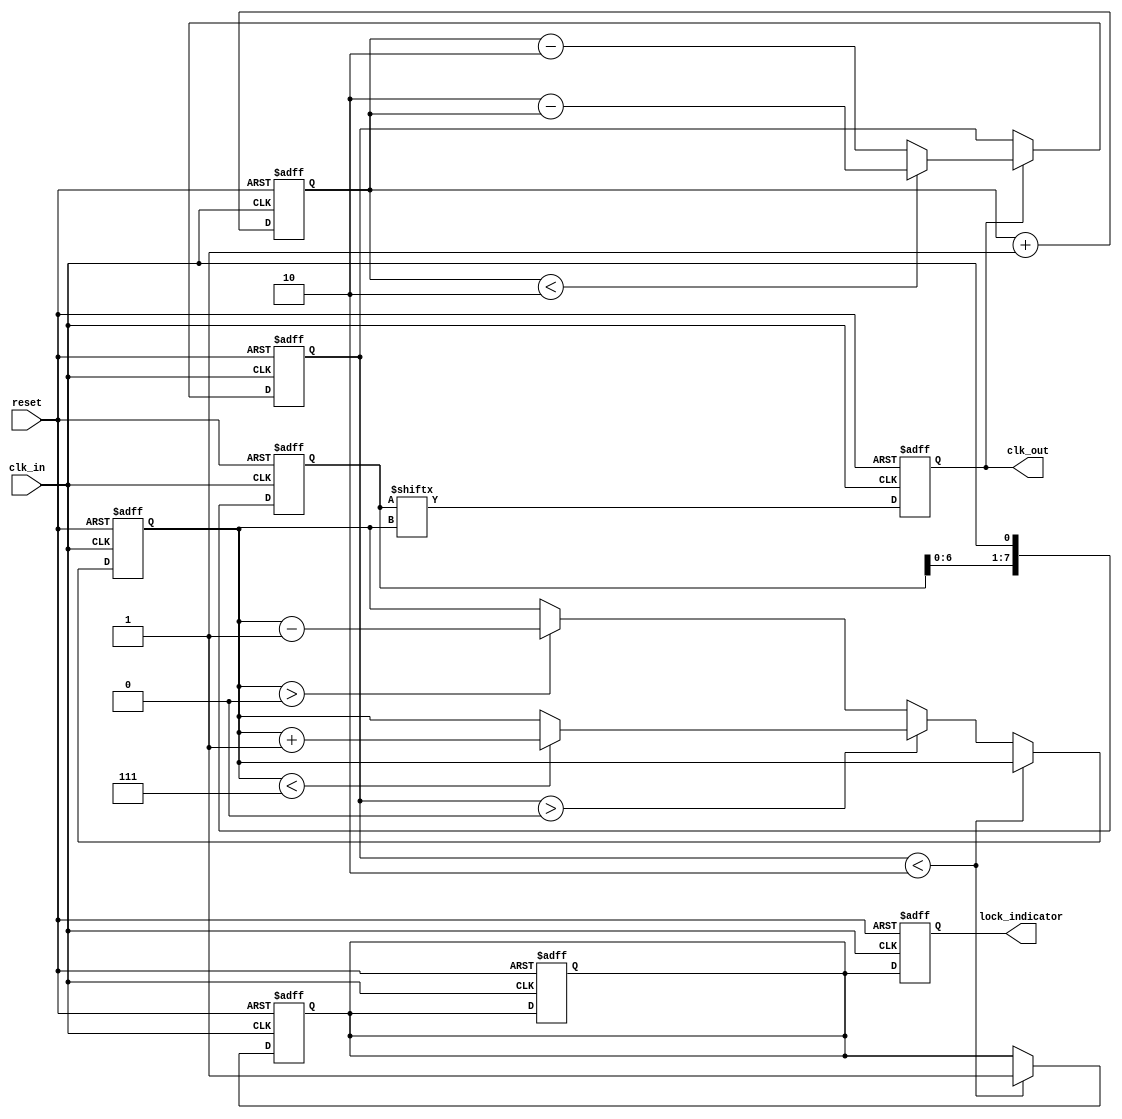
module MemoryBlocksDLL (
    input wire clk_in,          // Input clock signal
    input wire reset,           // Asynchronous reset
    output reg clk_out,         // Output clock signal
    output reg lock_indicator    // Lock indicator
);

    // Parameters
    parameter NUM_DELAY_ELEMENTS = 8; // Number of delay elements
    parameter DELAY_STEP = 1;          // Delay step size
    parameter PHASE_TOLERANCE = 2;     // Phase tolerance for lock detection

    // Internal signals
    reg [NUM_DELAY_ELEMENTS-1:0] delay_elements; // Delay elements (memory blocks)
    reg [3:0] phase_error;                     // Phase error signal
    reg [3:0] delay_control;                   // Control signal for delay adjustment
    reg [3:0] phase_count;                     // Phase count for clock cycles
    reg locked;                                 // Lock status

    // Phase Detector
    always @(posedge clk_in or posedge reset) begin
        if (reset) begin
            phase_count <= 0;
            phase_error <= 0;
            locked <= 0;
        end else begin
            // Simple phase comparison logic
            if (clk_out) begin
                if (phase_count < PHASE_TOLERANCE) begin
                    phase_error <= PHASE_TOLERANCE - phase_count;
                end else begin
                    phase_error <= phase_count - PHASE_TOLERANCE;
                end
            end
            // Update phase count
            phase_count <= phase_count + 1;
        end
    end

    // Control Logic
    always @(posedge clk_in or posedge reset) begin
        if (reset) begin
            delay_control <= 0;
            locked <= 0;
        end else begin
            // Adjust delay based on phase error
            if (phase_error < PHASE_TOLERANCE) begin
                locked <= 1; // Locked state
            end else if (phase_error > 0) begin
                // Increase delay
                if (delay_control < NUM_DELAY_ELEMENTS - 1) begin
                    delay_control <= delay_control + DELAY_STEP;
                end
            end else begin
                // Decrease delay
                if (delay_control > 0) begin
                    delay_control <= delay_control - DELAY_STEP;
                end
            end
        end
    end

    // Delay Elements (Memory Blocks)
    always @(posedge clk_in or posedge reset) begin
        if (reset) begin
            delay_elements <= 0;
            clk_out <= 0;
        end else begin
            // Shift delay elements based on control
            delay_elements <= {delay_elements[NUM_DELAY_ELEMENTS-2:0], clk_in};
            clk_out <= delay_elements[delay_control]; // Output clock with applied delay
        end
    end

    // Lock Indicator
    always @(posedge clk_in or posedge reset) begin
        if (reset) begin
            lock_indicator <= 0;
        end else begin
            lock_indicator <= locked;
        end
    end

endmodule